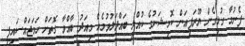
ފެނުމާ ގުޅިގެން ޔޫރަޕިއަން ކޮމިޝަނުގެ ކުއްލި ބައްދަލުވުމެއް މިއަދު ބާއްވާ ގޮތަށް ހަމަޖައްސައިފި